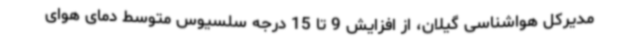
مدیرکل هواشناسی گیلان، از افزایش 9 تا 15 درجه سلسیوس متوسط دمای هوای